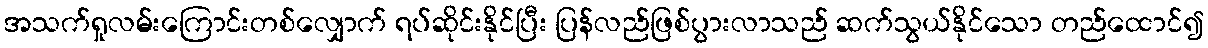
အသက်ရှုလမ်းကြောင်းတစ်လျှောက် ရပ်ဆိုင်းနိုင်ပြီး ပြန်လည်ဖြစ်ပွားလာသည် ဆက်သွယ်နိုင်သော တည်ထောင်၍